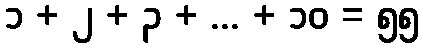
၁ + ၂ + ၃ + ... + ၁၀ = ၅၅